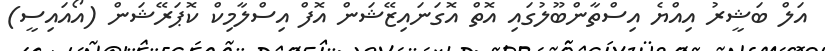
އަލް ބަޝީރު އިއްޔެ އިސްތާންބޫލުގައި އޮތް އޮގަނައިޒޭޝަން އޮފް އިސްލާމިކް ކޮޕަރޭޝަން (އޯއައިސީ)